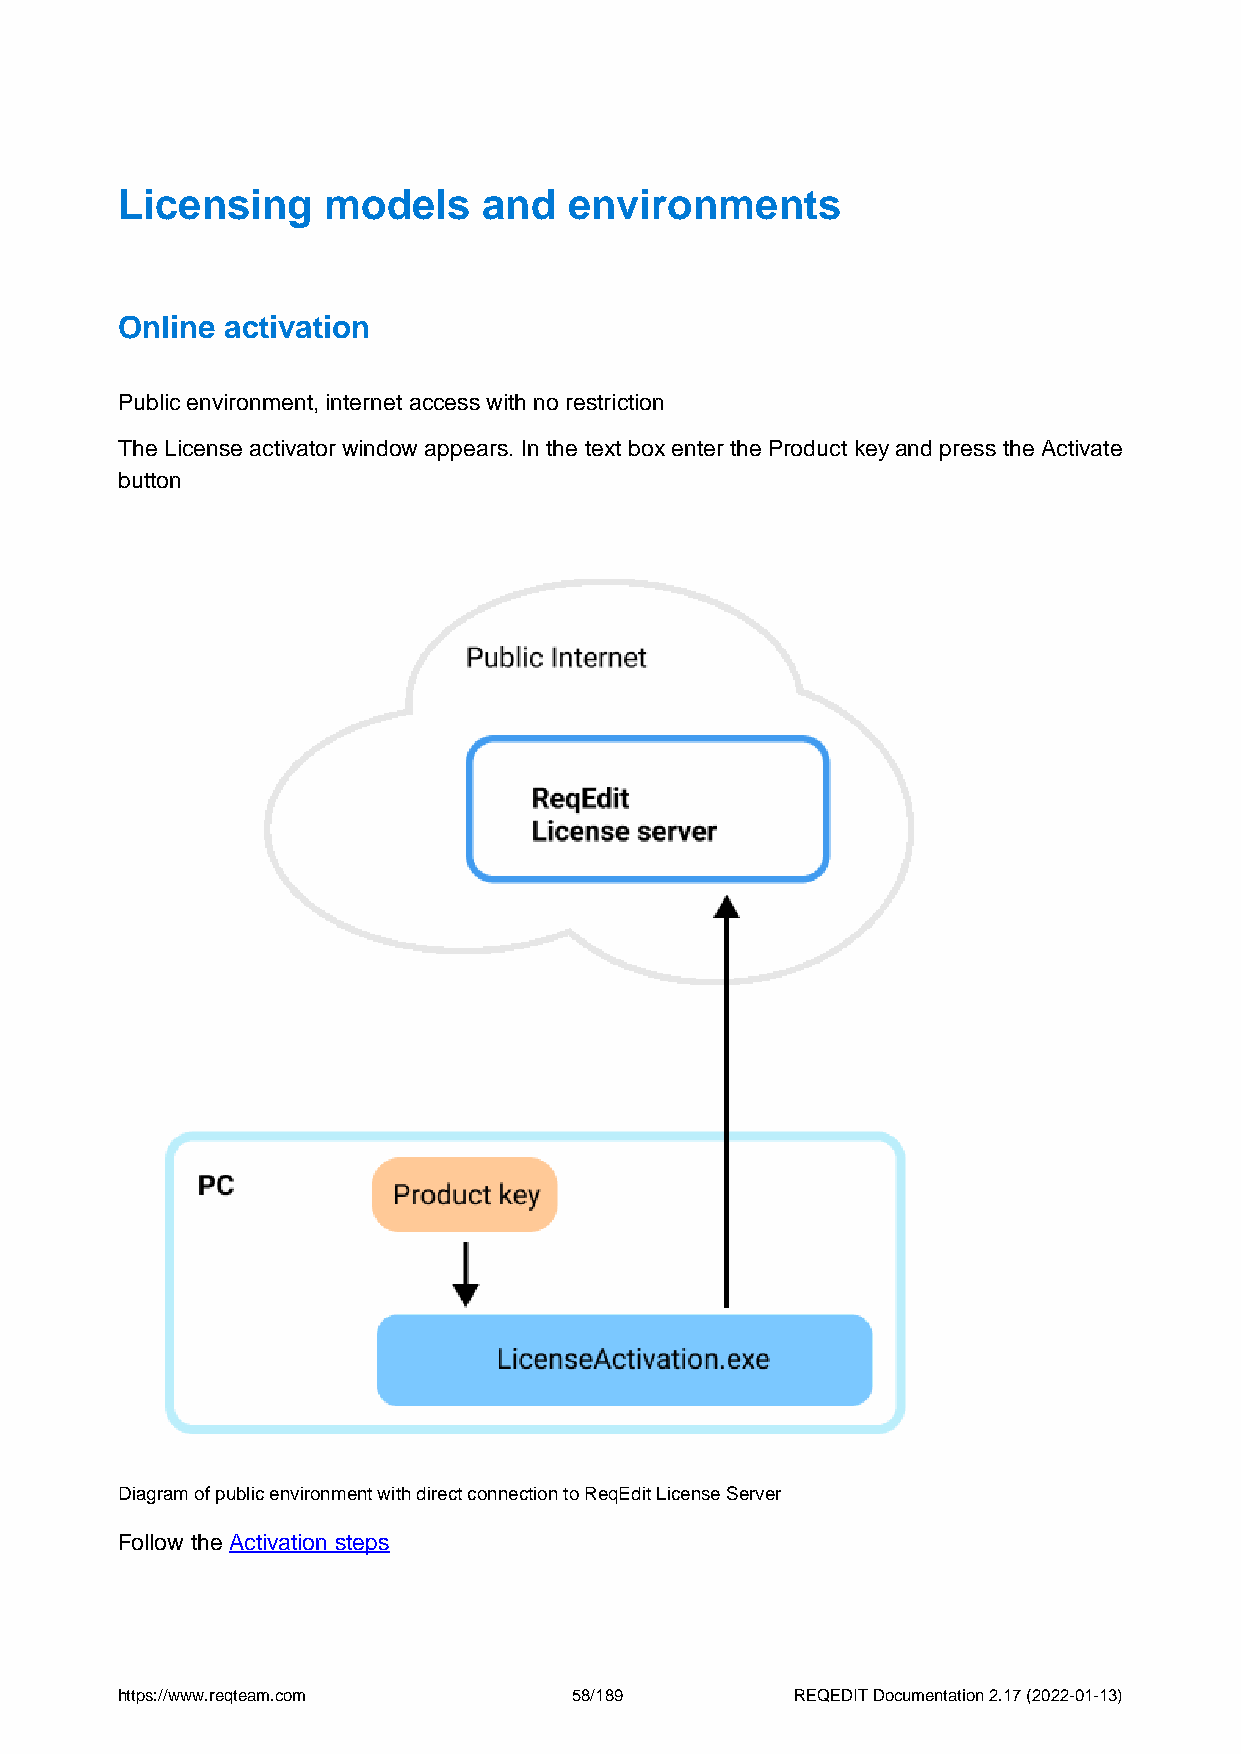
Licensing    models     and   environments
 Online activation
 Public environment, internet access with no restriction
 The License activator window appears. In the text box enter the Product key and press the Activate
 button
 Diagram of public environment with direct connection to ReqEdit License Server
 Follow the Activation steps
 https://www.reqteam.com       58/189         REQEDIT Documentation 2.17 (2022-01-13)